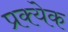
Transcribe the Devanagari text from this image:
प्रक्येक